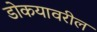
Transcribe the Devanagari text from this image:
डोकयावरील